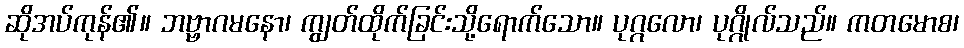
ဆိုအပ်ကုန်၏။ ဘဗ္ဗာဂမနော၊ ကျွတ်ထိုက်ခြင်းသို့ရောက်သော။ ပုဂ္ဂလော၊ ပုဂ္ဂိုလ်သည်။ ကတမောစ၊